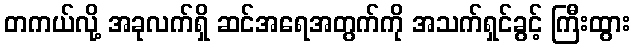
တကယ်လို့ အခုလက်ရှိ ဆင်အရေအတွက်ကို အသက်ရှင်ခွင့် ကြီးထွား